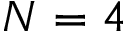
N = 4